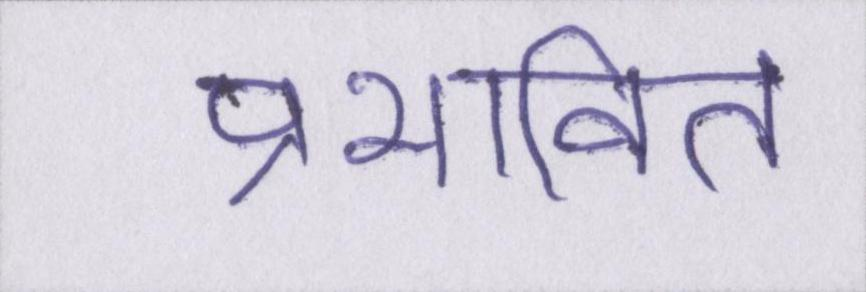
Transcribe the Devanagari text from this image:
प्रभावित